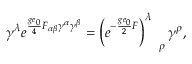
\gamma ^ { \lambda } e ^ { \frac { g e _ { 0 } } { 4 } F _ { \alpha \beta } \gamma ^ { \alpha } \gamma ^ { \beta } } = \left( e ^ { - \frac { g e _ { 0 } } { 2 } F } \right) _ { \quad \rho } ^ { \lambda } \gamma ^ { \rho } ,